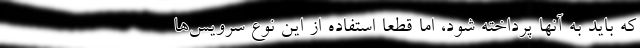
که باید به آنها پرداخته شود، اما قطعاً استفاده از این نوع سرویس‌ها